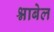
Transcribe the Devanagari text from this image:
श्नाबेल